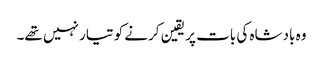
وہ بادشاہ کی بات پر یقین کرنے کو تیار نہیں تھے۔